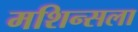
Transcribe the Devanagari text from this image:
मशिन्सला